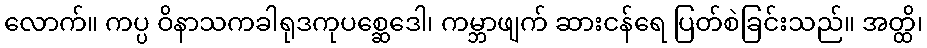
လောက်။ ကပ္ပ ဝိနာသကခါရုဒကုပစ္ဆေဒေါ၊ ကမ္ဘာဖျက် ဆားငန်ရေ ပြတ်စဲခြင်းသည်။ အတ္ထိ၊